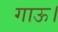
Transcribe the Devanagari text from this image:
गाऊ।